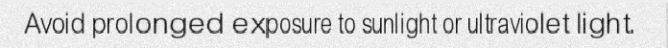
Avoid prolonged exposure to sunlight or ultraviolet light.